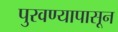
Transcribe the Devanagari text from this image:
पुरवण्यापासून